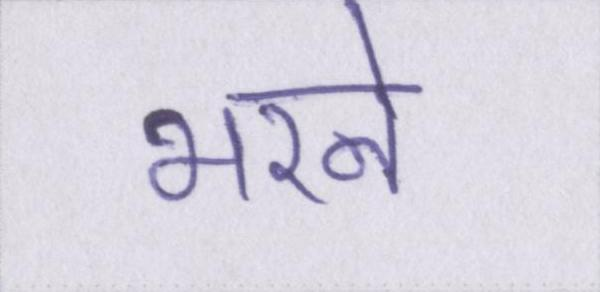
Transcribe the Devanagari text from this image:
भरने